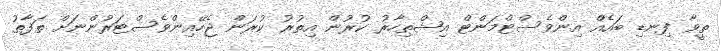
ތީވާ ފިނޑި ބައެއް އިންވެސްޓްމަންޓް އިޝްތިހާރު ކުރުން އިތުރު ކުރަން ޖެހޭއިންވެސްޓަރުންނަށް ތަފާތު